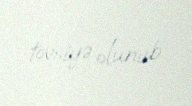
tövsiyə olunub.